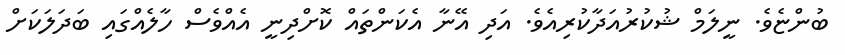
ބުންޏެވެ. ނީލަމް ޝުކުރުއަދާކުރިއެވެ. އަދި އޭނާ އެކަންތައް ކޮށްދިނީ އެއްވެސް ހާލެއްގައި ބަދަލަކަށް